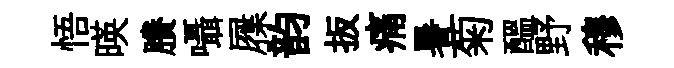
悟暎賸囁屧韵扳痛暑菊醖野穆